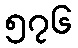
၅၇၆